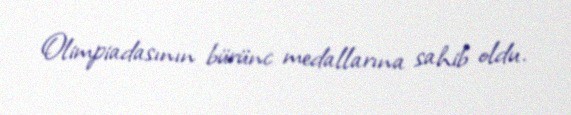
Olimpiadasının bürünc medallarına sahib oldu.